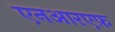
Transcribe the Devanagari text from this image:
एनआरएफ़